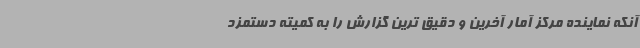
آنکه نماینده مرکز آمار آخرین و دقیق ترین گزارش را به کمیته دستمزد